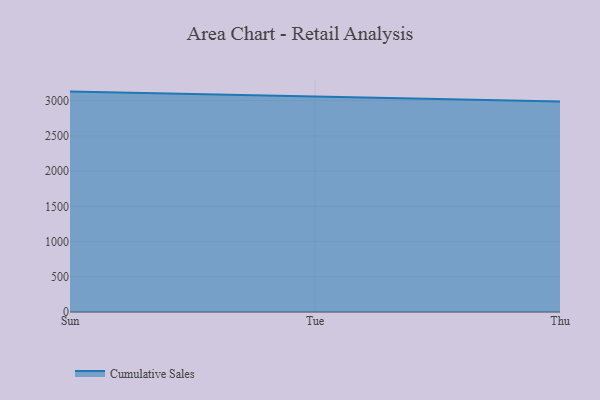
{"axis": {"x": "Day", "y": "Website Visitors"}, "legend": ["Cumulative Sales"], "data": [{"x": "Sun", "y": 3128.3, "type": "Cumulative Sales"}, {"x": "Tue", "y": 3058.9, "type": "Cumulative Sales"}, {"x": "Thu", "y": 2988.5, "type": "Cumulative Sales"}]}